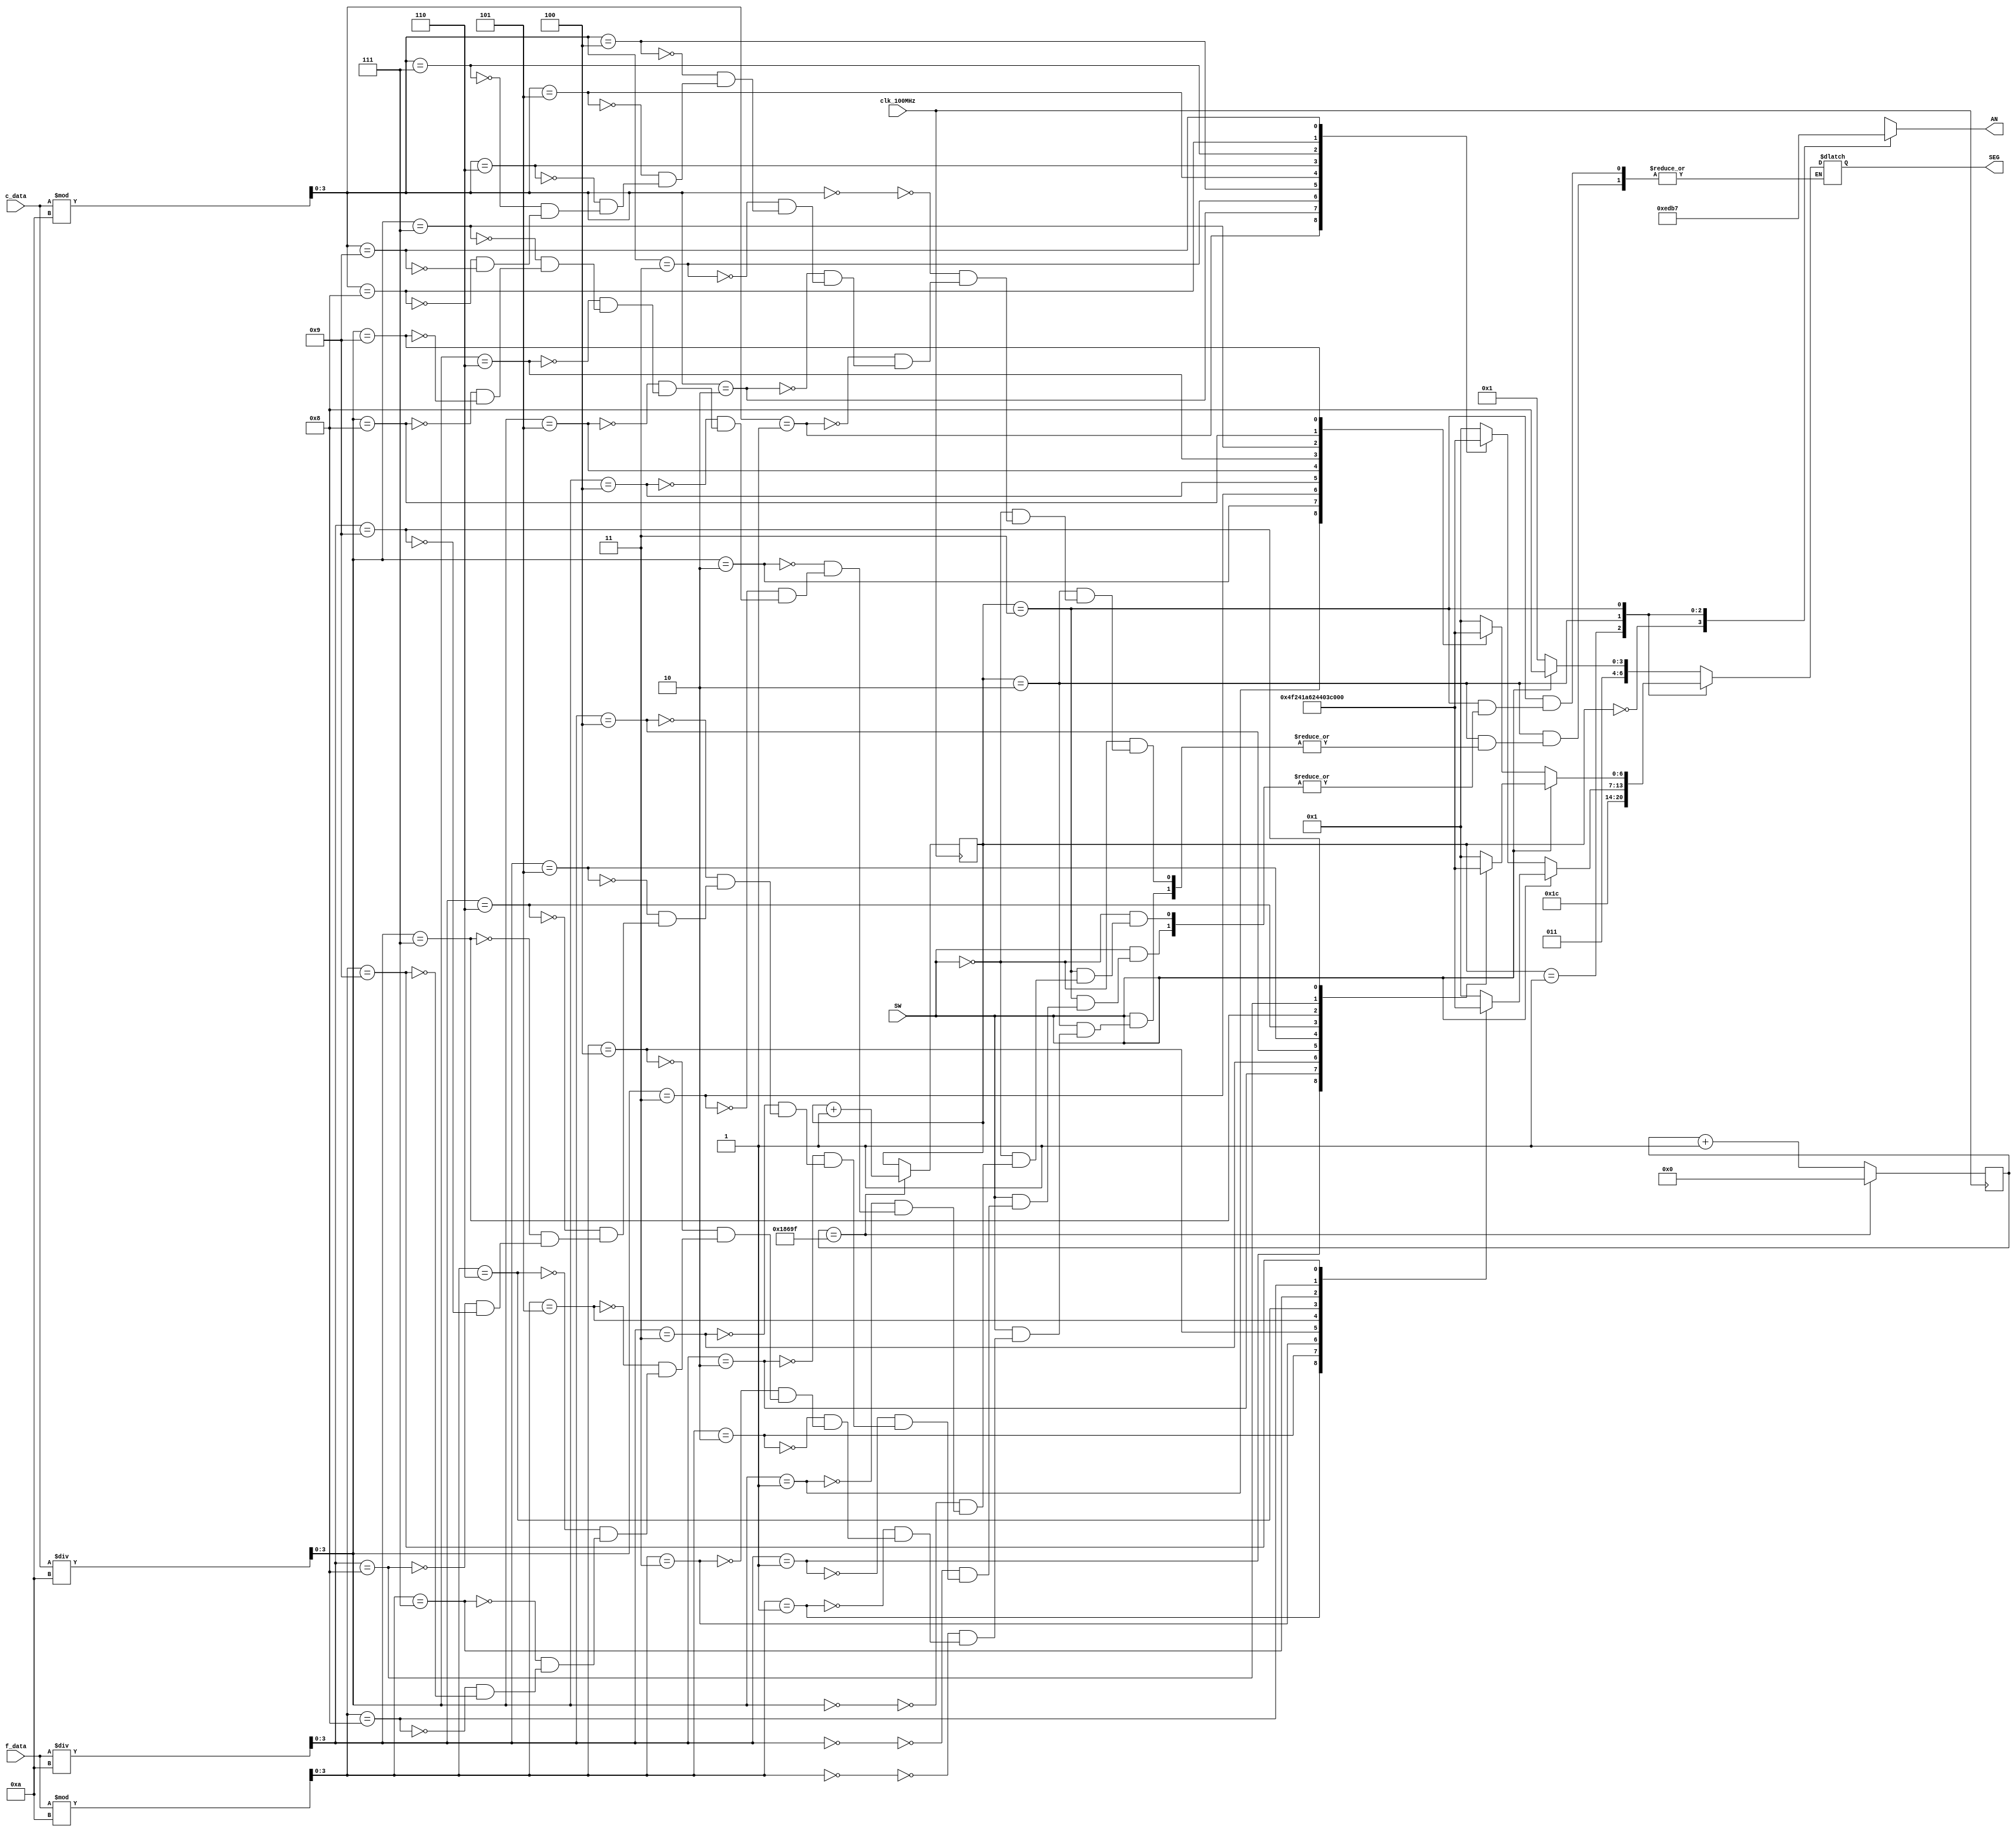
// This program was cloned from: https://github.com/FPGADude/Digital-Design
// License: GNU General Public License v3.0

`timescale 1ns / 1ps
// Created by David J. Marion
// Date 4.27.2023
// 7 Segment Control for the Basys 3 PmodTMP2 Temperature Sensor
module seg7(
    input clk_100MHz,               // Basys 3 clock
    input SW,                       // SW0 on Basys 3
    input [7:0] c_data,             // Celsius data from i2c master
    input [7:0] f_data,             // Fahrenheit data from temp converter
    output reg [0:6] SEG,           // 7 Segments of Displays
    output reg [3:0] AN             // 4 Anodes of 8 to display Temp
    );
    
    // Binary to BCD conversion of temperature data
    wire [3:0] c_tens, c_ones, f_tens, f_ones;
    assign c_tens = c_data / 10;            // tens value of celsius data
    assign c_ones = c_data % 10;            // ones value of celsius data
    assign f_tens = f_data / 10;            // tens value of fahrenheit data
    assign f_ones = f_data % 10;            // ones value of fahrenheit data
    
    // Parameters for segment patterns
    parameter ZERO  = 7'b000_0001;  // 0
    parameter ONE   = 7'b100_1111;  // 1
    parameter TWO   = 7'b001_0010;  // 2 
    parameter THREE = 7'b000_0110;  // 3
    parameter FOUR  = 7'b100_1100;  // 4
    parameter FIVE  = 7'b010_0100;  // 5
    parameter SIX   = 7'b010_0000;  // 6
    parameter SEVEN = 7'b000_1111;  // 7
    parameter EIGHT = 7'b000_0000;  // 8
    parameter NINE  = 7'b000_0100;  // 9
    parameter DEG   = 7'b001_1100;  // degrees symbol
    parameter C     = 7'b011_0001;  // C
    parameter F     = 7'b011_1000;  // F
    
    // To select each digit in turn
    reg [1:0] anode_select;         // 2 bit counter for selecting each of 4 digits
    reg [16:0] anode_timer;         // counter for digit refresh
    
    // Logic for controlling digit select and digit timer
    always @(posedge clk_100MHz) begin
        // 1ms x 4 displays = 4ms refresh period
        if(anode_timer == 99_999) begin         // The period of 100MHz clock is 10ns (1/100,000,000 seconds)
            anode_timer <= 0;                   // 10ns x 100,000 = 1ms
            anode_select <=  anode_select + 1;
        end
        else
            anode_timer <=  anode_timer + 1;
    end
    
    // Logic for driving the 4 bit anode output based on digit select
    always @(anode_select) begin
        case(anode_select) 
            2'b00 : AN = 4'b1110;   // Turn on ones digit
            2'b01 : AN = 4'b1101;   // Turn on tens digit
            2'b10 : AN = 4'b1011;   // Turn on hundreds digit
            2'b11 : AN = 4'b0111;   // Turn on thousands digit
        endcase
    end
    
    always @*
        case(anode_select)
            2'b00 : begin
                        if(SW)
                            SEG = F;    // Set to F for Fahrenheit
                        else
                            SEG = C;    // Set to C for Celsius    
            end      
                  
            2'b01 : SEG = DEG;          // Set to degrees symbol
                    
            2'b10 : begin               // TEMPERATURE ONES DIGIT
                        if(SW)
                            case(f_ones)
                                4'b0000 : SEG = ZERO;
                                4'b0001 : SEG = ONE;
                                4'b0010 : SEG = TWO;
                                4'b0011 : SEG = THREE;
                                4'b0100 : SEG = FOUR;
                                4'b0101 : SEG = FIVE;
                                4'b0110 : SEG = SIX;
                                4'b0111 : SEG = SEVEN;
                                4'b1000 : SEG = EIGHT;
                                4'b1001 : SEG = NINE;
                            endcase
                        else
                            case(c_ones)
                                4'b0000 : SEG = ZERO;
                                4'b0001 : SEG = ONE;
                                4'b0010 : SEG = TWO;
                                4'b0011 : SEG = THREE;
                                4'b0100 : SEG = FOUR;
                                4'b0101 : SEG = FIVE;
                                4'b0110 : SEG = SIX;
                                4'b0111 : SEG = SEVEN;
                                4'b1000 : SEG = EIGHT;
                                4'b1001 : SEG = NINE;
                            endcase
            end
                    
            2'b11 : begin       // TEMPERATURE TENS DIGIT
                        if(SW)
                            case(f_tens)
                                4'b0000 : SEG = ZERO;
                                4'b0001 : SEG = ONE;
                                4'b0010 : SEG = TWO;
                                4'b0011 : SEG = THREE;
                                4'b0100 : SEG = FOUR;
                                4'b0101 : SEG = FIVE;
                                4'b0110 : SEG = SIX;
                                4'b0111 : SEG = SEVEN;
                                4'b1000 : SEG = EIGHT;
                                4'b1001 : SEG = NINE;
                            endcase
                        else
                            case(c_tens)
                                4'b0000 : SEG = ZERO;
                                4'b0001 : SEG = ONE;
                                4'b0010 : SEG = TWO;
                                4'b0011 : SEG = THREE;
                                4'b0100 : SEG = FOUR;
                                4'b0101 : SEG = FIVE;
                                4'b0110 : SEG = SIX;
                                4'b0111 : SEG = SEVEN;
                                4'b1000 : SEG = EIGHT;
                                4'b1001 : SEG = NINE;
                            endcase 
            end
        endcase
    
endmodule